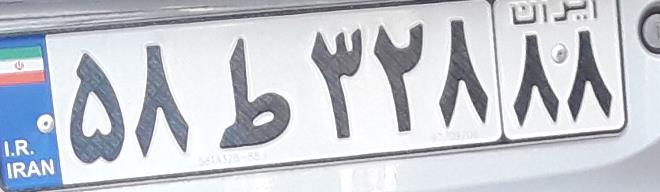
۵۸ط۳۲۸۸۸